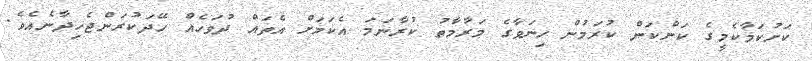
ކަށުކަމާކެމީގެ ކަންކަން ކުރަމުން ހިނަވާގެ މަރާމާތު ކުރާނަމަ އެކަމަށް އެތައް ދުވަހެއް ހޭދަކުރަންޖެހިދާނެއެވެ.